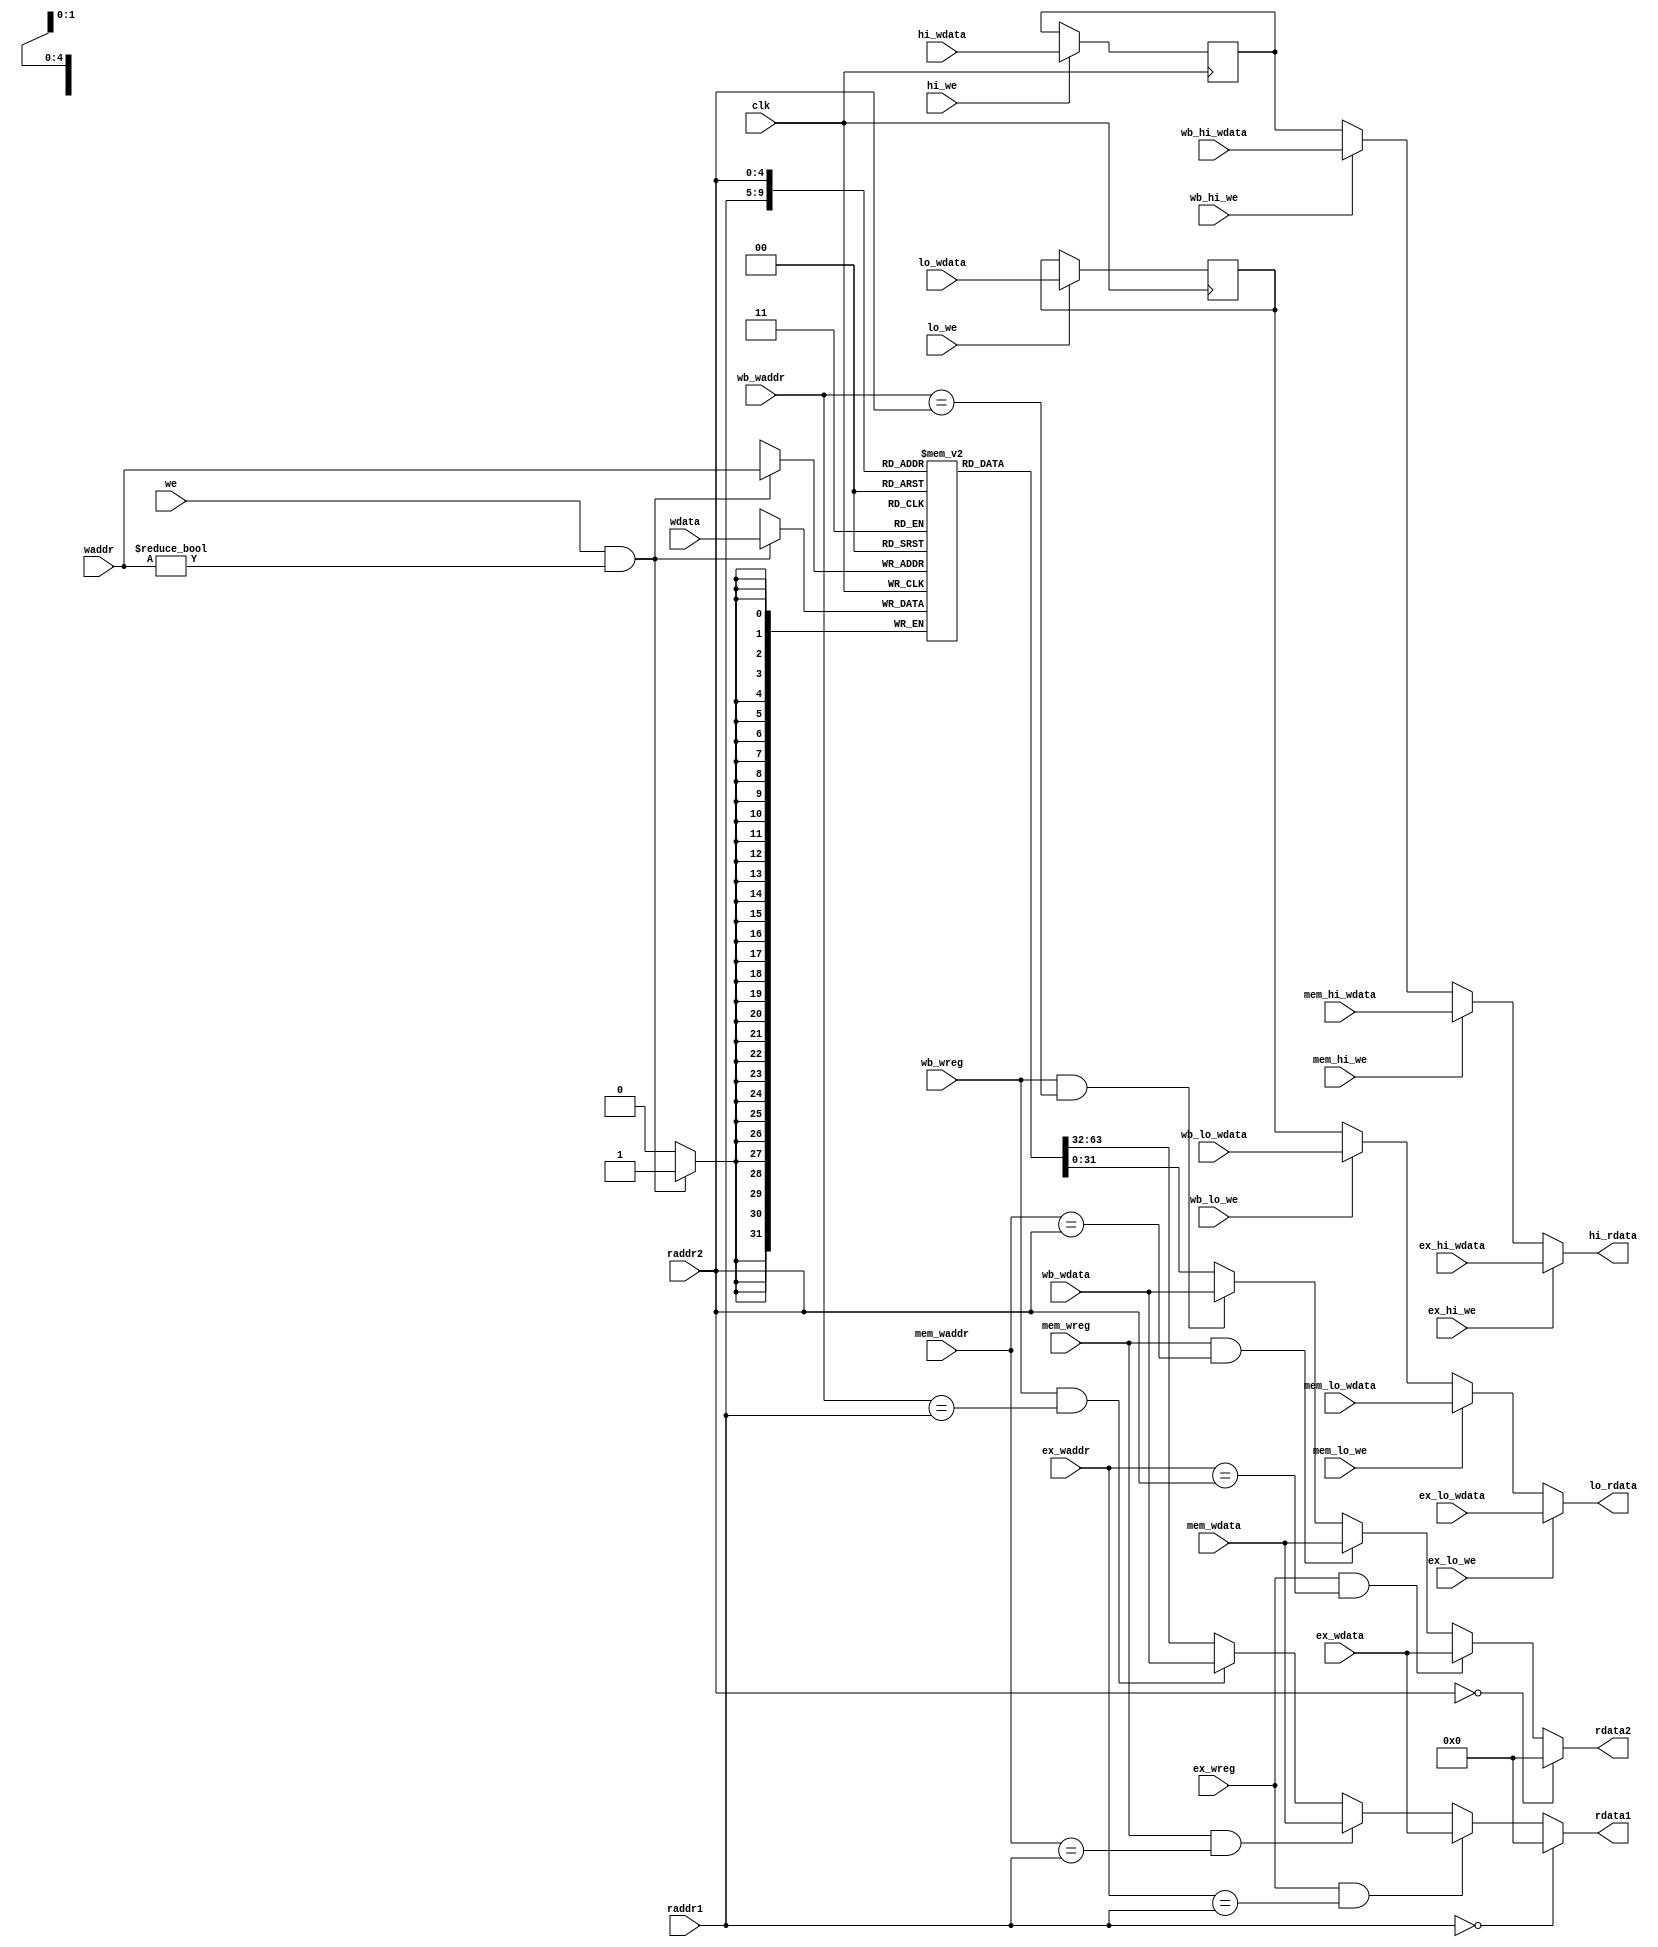
module regfile(
    input wire clk,
    input wire [4:0] raddr1,
    output wire [31:0] rdata1,
    input wire [4:0] raddr2,
    output wire [31:0] rdata2,
    
    output wire [31:0] hi_rdata,
    output wire [31:0] lo_rdata,

    input wire we,
    input wire hi_we,
    input wire lo_we,
    input wire [4:0] waddr,
    input wire [31:0] wdata, 
    input wire [31:0] hi_wdata,
    input wire [31:0] lo_wdata,
    

    input wire ex_wreg,
    input wire ex_hi_we,
    input wire ex_lo_we,
    input wire [4:0] ex_waddr,
    input wire [31:0] ex_wdata,
    input wire [31:0] ex_hi_wdata,
    input wire [31:0] ex_lo_wdata,

    
    input wire mem_wreg,
    input wire mem_hi_we,
    input wire mem_lo_we,
    input wire [4:0] mem_waddr,
    input wire [31:0] mem_wdata,
    input wire [31:0] mem_hi_wdata,
    input wire [31:0] mem_lo_wdata,

    input wire wb_wreg,
    input wire wb_hi_we,
    input wire wb_lo_we,
    input wire [4:0] wb_waddr,
    input wire [31:0] wb_wdata,
    input wire [31:0] wb_hi_wdata,
    input wire [31:0] wb_lo_wdata 
);
    reg [31:0] reg_array [31:0];
    reg [31:0] hi_reg;
    reg [31:0] lo_reg;

    // write reg hi lo 
    always @ (posedge clk) begin
        if (we && waddr!=5'b0) begin
            reg_array[waddr] <= wdata;
        end
        if (hi_we) begin
            hi_reg <= hi_wdata;
        end
        if (lo_we) begin
            lo_reg <= lo_wdata;
        end
    end

    // read out 1
    assign rdata1 = (raddr1 == 5'b0) ? 32'b0 : 
                    (ex_wreg == 1'b1 && ex_waddr==raddr1) ? ex_wdata :
                    (mem_wreg == 1'b1 && mem_waddr==raddr1) ? mem_wdata : 
                    (wb_wreg == 1'b1 && wb_waddr==raddr1) ? wb_wdata : reg_array[raddr1];

    // read out2
    assign rdata2 = (raddr2 == 5'b0) ? 32'b0 :
                    (ex_wreg == 1'b1 && ex_waddr==raddr2) ? ex_wdata :
                    (mem_wreg == 1'b1 && mem_waddr==raddr2) ? mem_wdata :
                    (wb_wreg == 1'b1 && wb_waddr==raddr2) ? wb_wdata: reg_array[raddr2];
    // read hi
    assign hi_rdata = (ex_hi_we == 1'b1) ? ex_hi_wdata :
                    (mem_hi_we == 1'b1) ? mem_hi_wdata : 
                    (wb_hi_we == 1'b1) ? wb_hi_wdata : hi_reg;
    // read lo
    assign lo_rdata = (ex_lo_we == 1'b1) ? ex_lo_wdata :
                    (mem_lo_we == 1'b1) ? mem_lo_wdata : 
                    (wb_lo_we == 1'b1) ? wb_lo_wdata : lo_reg;
endmodule